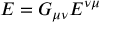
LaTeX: E = G _ { \mu \nu } E ^ { \nu \mu }